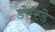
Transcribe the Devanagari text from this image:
डोम्स्डे